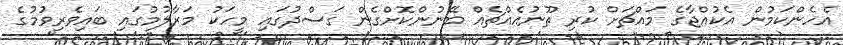
އެހެންކަމުން އެކުއްޖާގެ މައްޗަށް ކުރި ތޫނުއެއްޗެއް ބޭނުންކޮށްގެން ގަސްދުގައި މީހަކު މަރާލުމުގައި ބައިވެރިވުމުގެ